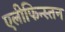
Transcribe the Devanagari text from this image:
एलीफिन्स्तन